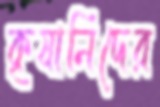
কৃষানিদের